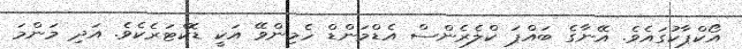
އޯކްޕާކުގައެވެ. އޭނާގެ ބައްޕަ ކްލެރެންސް އެޑްމަންޑް ހެމިންވޭ އަކީ ޑޮކްޓަރެކެވެ. އަދި މަންމަ